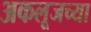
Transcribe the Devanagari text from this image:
अकलूजच्या